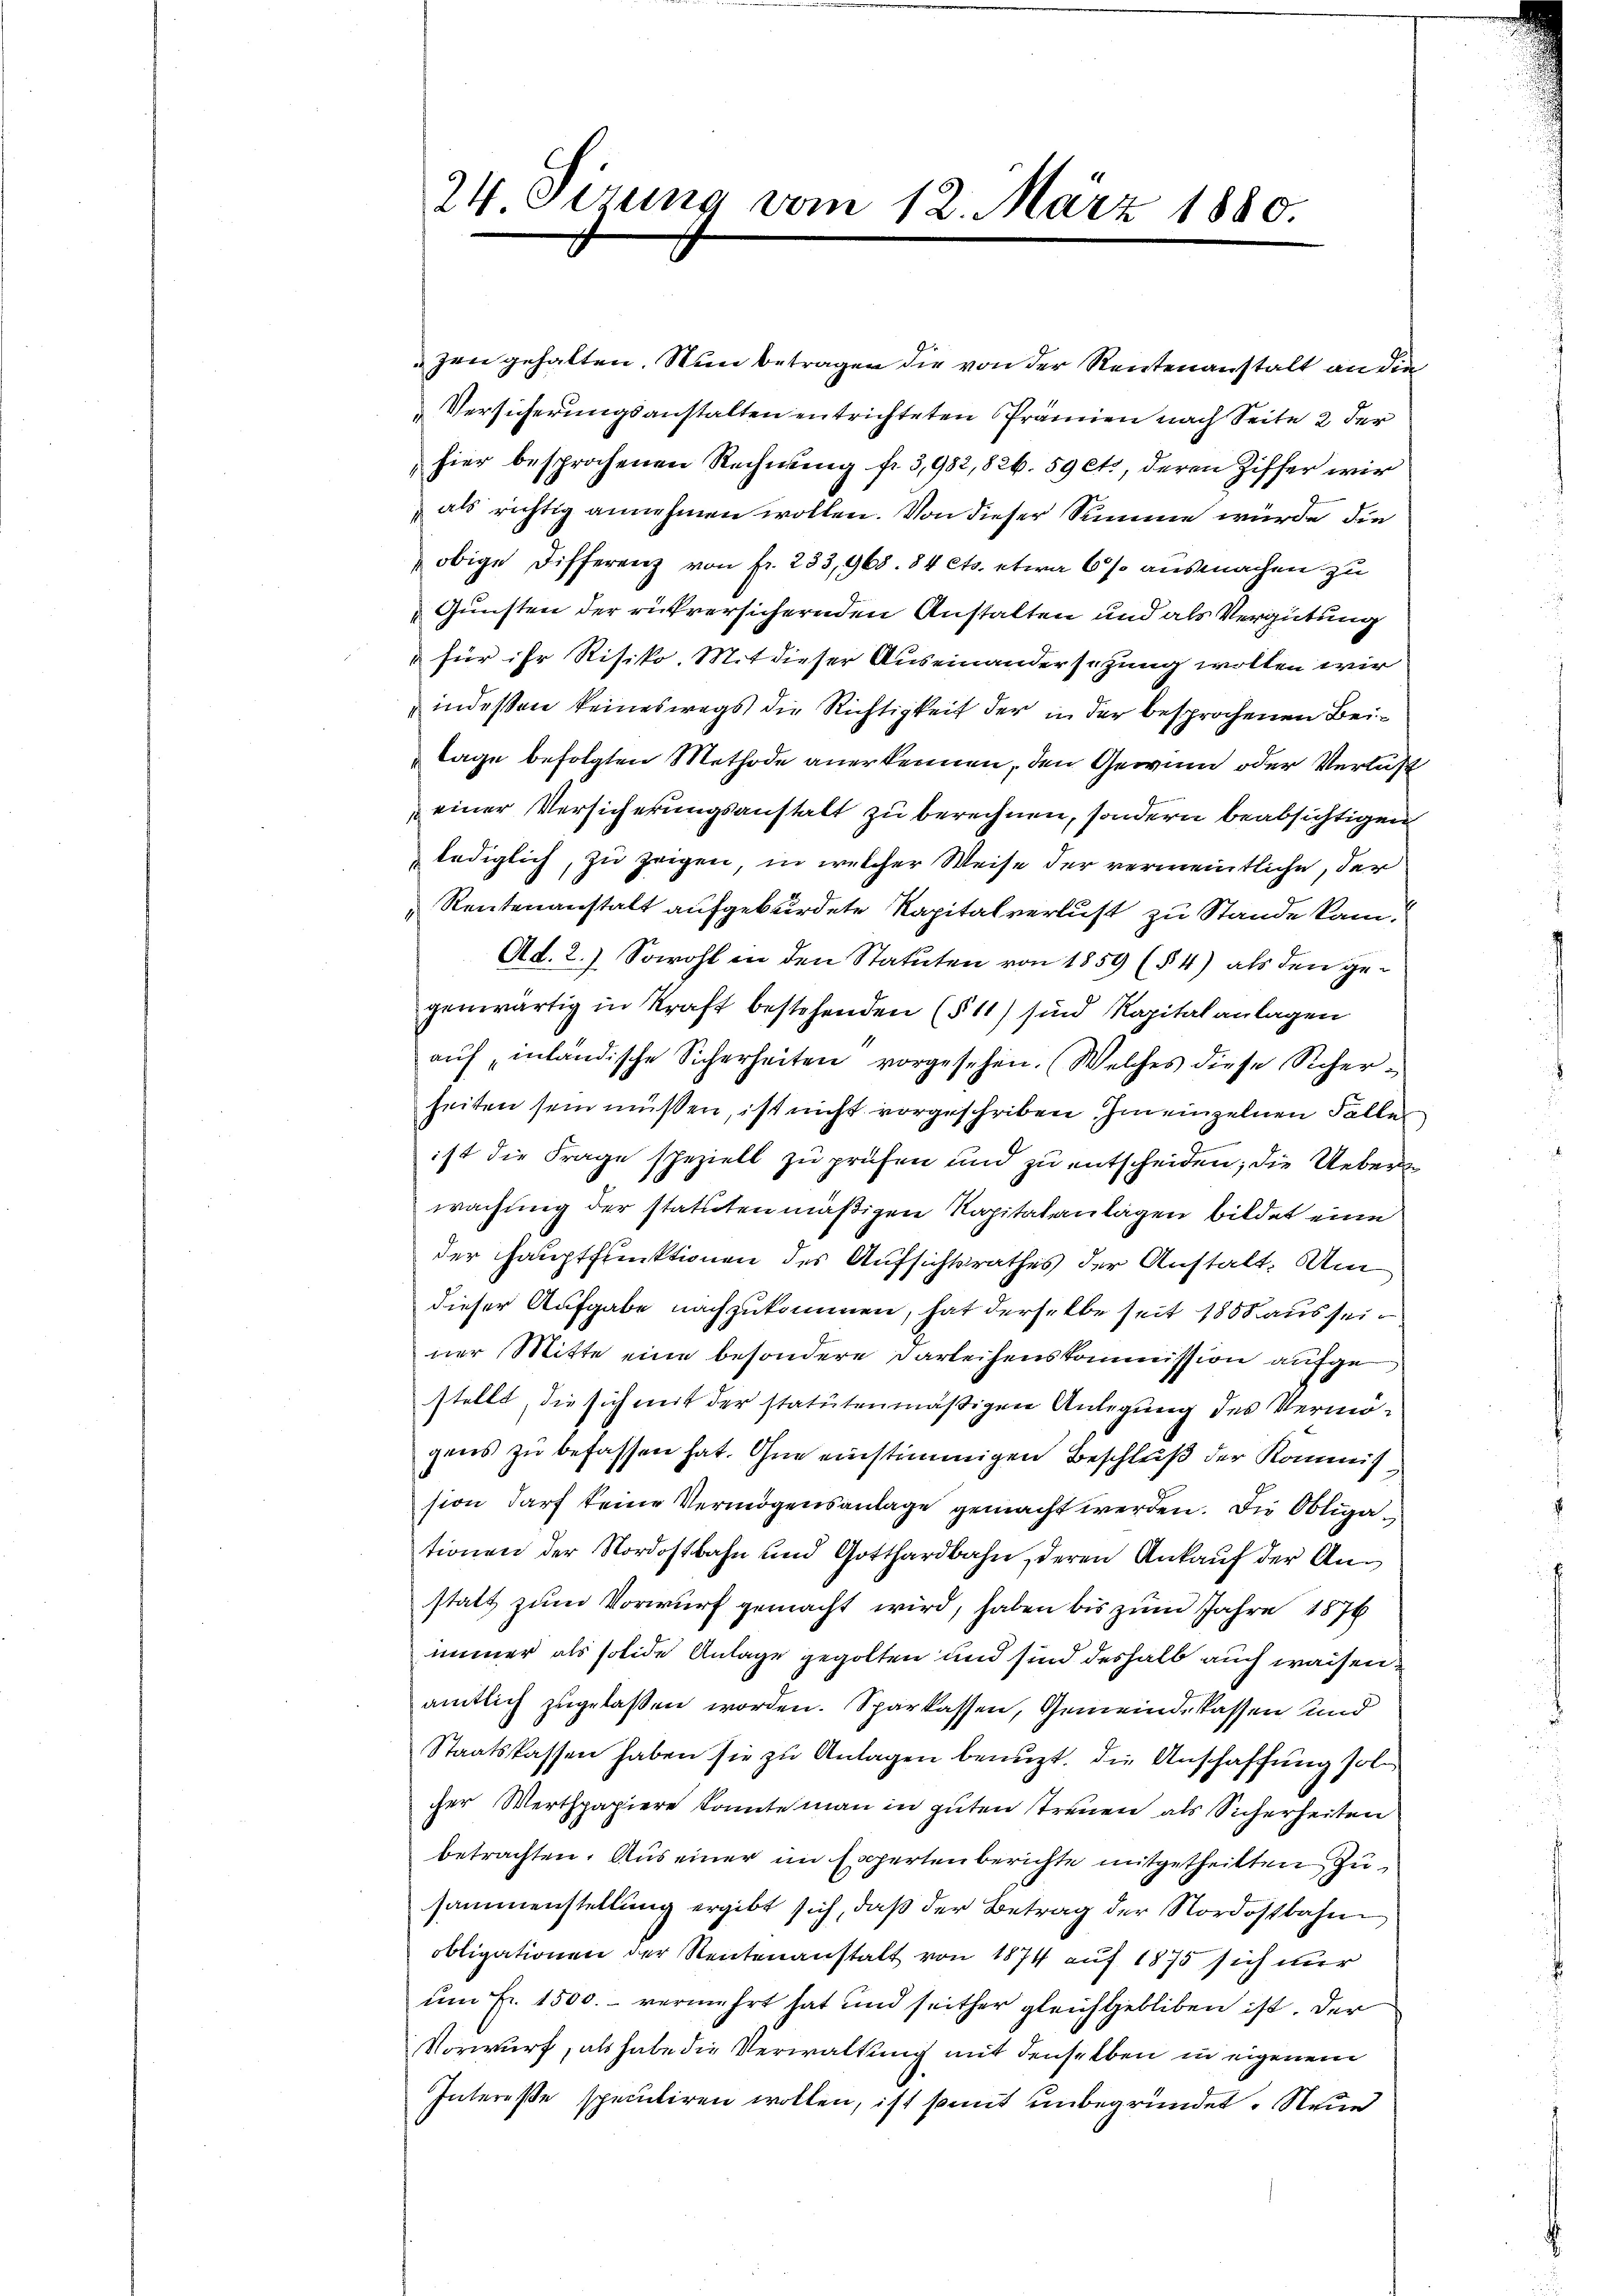
24 Sirung vom 12. März 1880.

zen gehalten. Nun betragen die von der Rentenanstalt an die
Versicherungsanstalten entrichteten Prämien nach Seite 2 der
hier besprochenen Rechnung fr. 3,982, 826. 59 ets, deren Ziffer wir
als richtig annehmen wollen. Von dieser Summe würde die
obige Differenz von fr. 233,968. 84 Cts. etwa 6 % ausmachen zu
Gunsten der rükversichernden Anstalten und als Vergütung
u für ihr Risiko. Mit dieser Auseinandersezung wollen wir
indessen keineswegs die Richtigkeit der in der besprochenen Beilage befolgten Methode anerkennen, den Gewinn oder Verlust
einer Versicherungsanstalt zu berechnen, sondern beabsichtigen
lediglich, zu zeigen, in welcher Weise der vermeintliche, der
 Reutenanstalt aufgebürdete Kapitalverlust zu Stande kam.
Ad. 2.) Sowohl in den Statuten von 1859 (§ 4) als den gegenwärtig in Kraft bestehenden (§ 11) sind Kapitalanlagen
aŭf inländische Sicherheiten vorgesehen. (Welches diese Sicherheiten sein müßen, ist nicht vorgeschriben. Im einzelnen Falles
ist die Frage speziell zu prüfen und zu entscheiden; die Uebere
wachung der statutenmäßigen Kapitalanlagen bildet eine
der Hauptfluktionen des Aufsichtsrathes der Anstalt. Um
dieser Aufgabe nachzukommen, hat derselbe seit 1858 aus seiner Mitte eine besondere Darleihenskommission aufgestellt, die sich mit der statutenmäßigen Anlegung des Vermögens zu befassen hat. Ohne einstimmigen Beschluß der Kommit
sion darf keine Vermögensanlage gemacht werden. Die Obligationen der Nordostbahn und Gotthardbahn, deren Ankauf der Anstatt zum Vorwurf gemacht wird, haben bis zum Jahre 1876
immer als solide Anlage gegolten und sind deshalb auch waisenamtlich zugelaßen worden. Sparkassen, Gemeinde sassen und
Staatskassen haben sie zu Anlagen benuzt, die Anschaffung sol
cher Werthpapiere konnte man in guten treuen als Sicherheiten
betrachten. Aus einer im Expertenberichte mitgetheilten Zusammenstellung ergibt sich, daß der Betrag der Nordostbahn
obligationen der Rentenanstalt von 1874 auf 1875 sich nur
um Fr. 1500.- vermehrt hat und seither gleichgebliben ist. Der
Vorwurf, als habe die Verwaltung mit denselben in eigenem
Intereße spectiren wollen, ist somit unbegründet. Neue